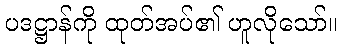
ပဒဋ္ဌာန်ကို ထုတ်အပ်၏ ဟူလိုသော်။